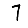
Digit: 7